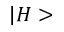
| H >